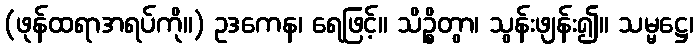
(ဖုန်ထရာအရပ်ကို။) ဥဒကေန၊ ရေဖြင့်။ သိဉ္စိတွာ၊ သွန်းဖျန်း၍။ သမ္မဋ္ဌေ၊